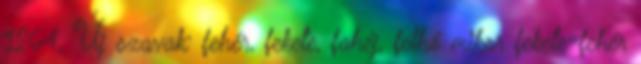
1264. Új szavak: fehér, fekete, fahéj, felhő mikor fekete-fehér